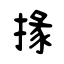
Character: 掾